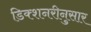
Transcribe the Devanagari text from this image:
डिक्शनरीनुसार